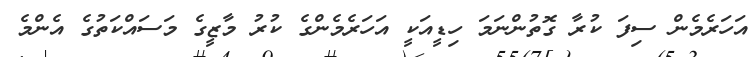
އަހަރެމެން ސިފަ ކުރާ ގޮތުންނަމަ ހިޑީއަކީ އަހަރެމެންގެ ކުރު މާޒީގެ މަސައްކަތުގެ އެންމެ